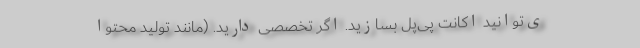
ی‌توانید اکانت پی‌پل بسازید. اگر تخصصی دارید. (مانند تولید محتوا